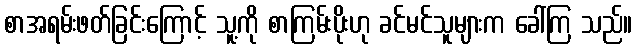
စာအရမ်းဖတ်ခြင်းကြောင့် သူ့ကို စာကြမ်းပိုးဟု ခင်မင်သူများက ခေါ်ကြ သည်။